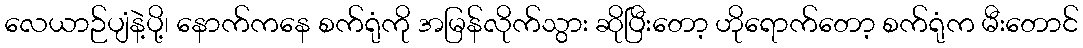
လေယာဉ်ပျံနဲ့ပို့၊ နောက်ကနေ စက်ရုံကို အမြန်လိုက်သွား ဆိုပြီးတော့ ဟိုရောက်တော့ စက်ရုံက မီးတောင်